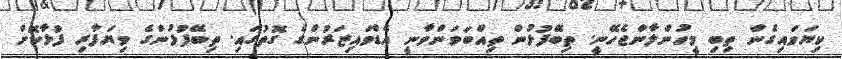
ކިޔަވައިގެން ތިބި މީހުންލާންޖެހޭނީ. ތިބޭފުޅުން ތިއްބަވަންވާނީ އެޑްވައިޒަރުންގެ ގޮތުގައި. ތިބޭފުޅުންގެ ވިޔަފާރި ފުޅާކޮށް